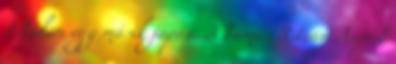
1 Talán egy másik japán. 3 Tamás István Árpád